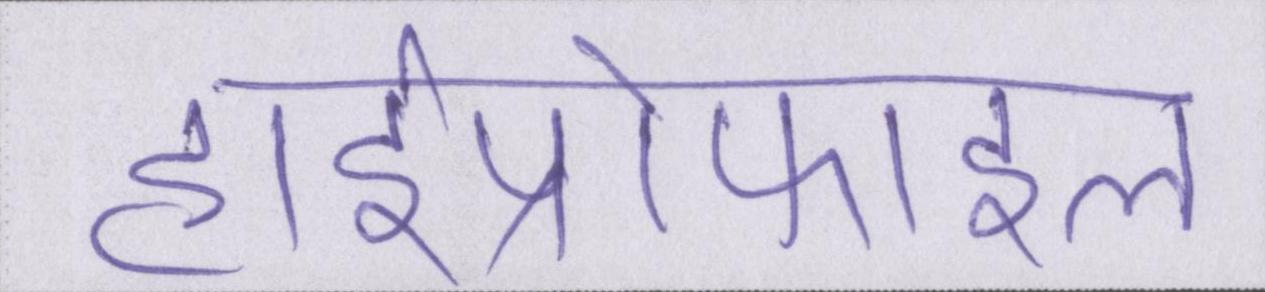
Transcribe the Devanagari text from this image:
हाईप्रोफाइल